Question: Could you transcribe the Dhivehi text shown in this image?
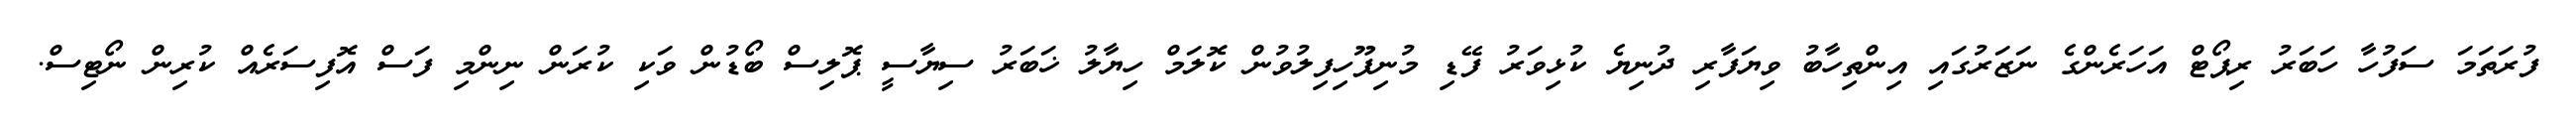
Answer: ފުރަތަމަ ސަފުހާ ހަބަރު ރިޕޯޓް އަހަރެންގެ ނަޒަރުގައި އިންތިހާބު ވިޔަފާރި ދުނިޔެ ކުޅިވަރު ފޭޑި މުނިފޫހިފިލުވުން ކޮލަމް ހިޔާލު ޚަބަރު ސިޔާސީ ޕޮލިސް ބޯޑުން ވަކި ކުރަން ނިންމި ފަސް އޮފިސަރެއް ކުރިން ނޯޓިސް.